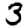
Digit: 3